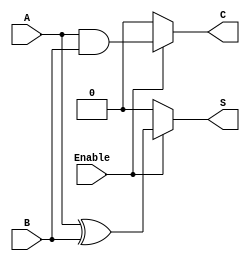
module conditional_half_adder (
    input wire A,        // First binary input
    input wire B,        // Second binary input
    input wire Enable,   // Control signal
    output wire S,       // Sum output
    output wire C        // Carry output
);

    // Combinational logic for sum and carry
    assign S = Enable ? (A ^ B) : 1'b0; // Sum is A XOR B when Enable is high, else 0
    assign C = Enable ? (A & B) : 1'b0; // Carry is A AND B when Enable is high, else 0

endmodule